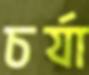
চর্যা